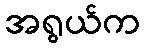
အရွယ်က